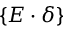
\{ E \cdot \delta \}